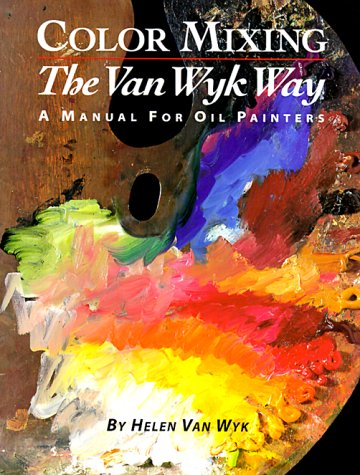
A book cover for Color Mixing the Van Wyk Way: A Manual for Oil Painters; Helen Van Wyk; Arts & Photography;